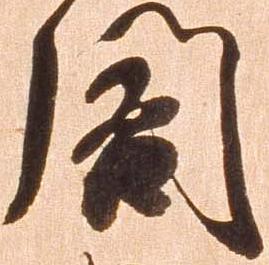
閣